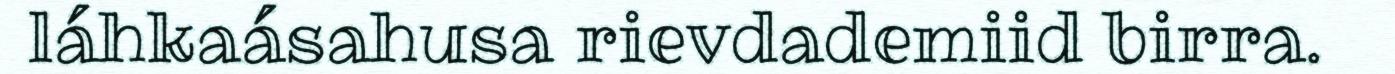
láhkaásahusa rievdademiid birra.